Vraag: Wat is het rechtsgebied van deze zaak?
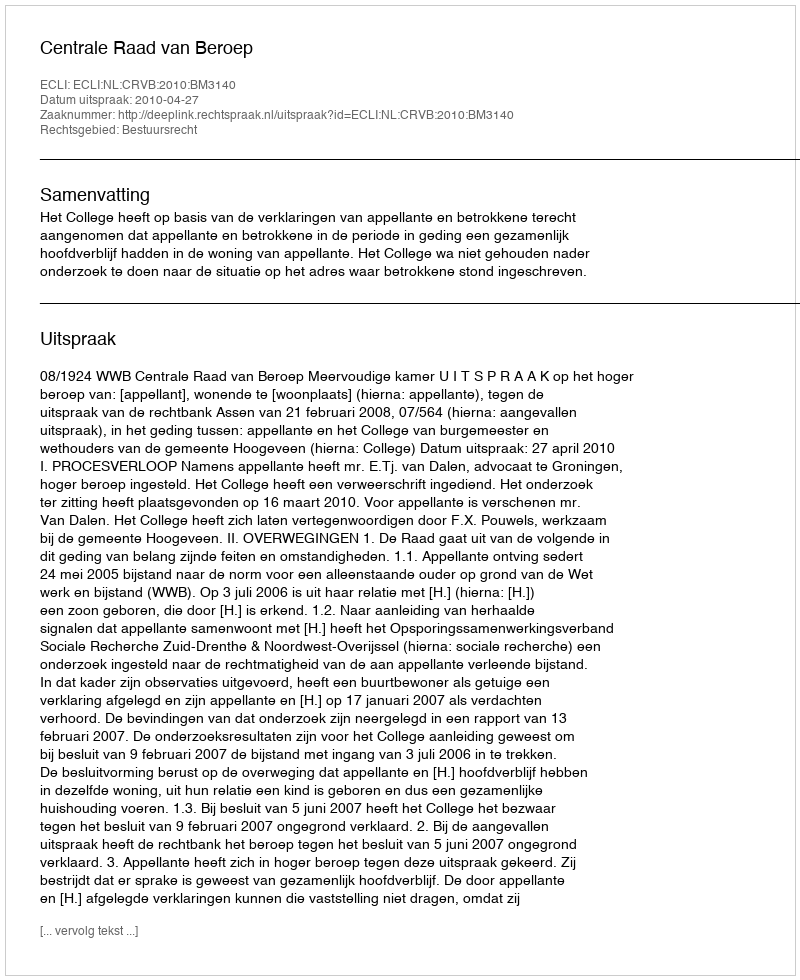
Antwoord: Bestuursrecht